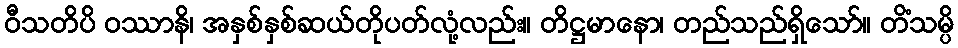
ဝီသတိပိ ဝဿာနိ၊ အနှစ်နှစ်ဆယ်တိုပတ်လုံ့လည်း။ တိဋ္ဌမာနော၊ တည်သည်ရှိသော်။ တိံသမ္ပိ